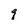
Character: q